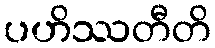
ပဟိဿတီတိ